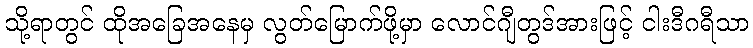
သို့ရာတွင် ထိုအခြေအနေမှ လွတ်မြောက်ဖို့မှာ လောင်ဂျီတွဒ်အားဖြင့် ငါးဒီဂရီသာ